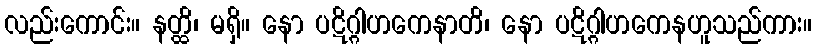
လည်းကောင်း။ နတ္ထိ၊ မရှိ။ နော ပဋိဂ္ဂါဟကေနာတိ၊ နော ပဋိဂ္ဂါဟကေနဟူသည်ကား။